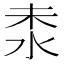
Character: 𣳕